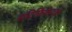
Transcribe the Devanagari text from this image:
सटिर्फिकेट्स